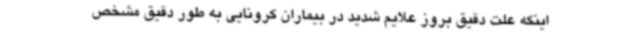
اینکه علت دقیق بروز علایم شدید در بیماران کرونایی به طور دقیق مشخص